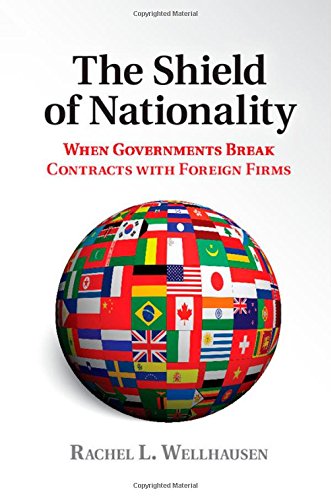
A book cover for The Shield of Nationality: When Governments Break Contracts with Foreign Firms; Rachel L. Wellhausen; Law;